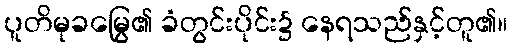
ပူတိမုခမြွေ၏ ခံတွင်းပိုင်း၌ နေရသည်နှင့်တူ၏။